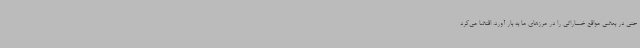
حتی در بعضی مواقع خساراتی را در مرزهای ما به بار آورد. اقتضا می‌کرد